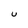
Character: U